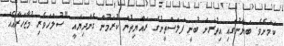
ކަމަށެވެ. ބަޔާނުގައި އިތުރަށް ބުނީ ފަލަސްތީނުގެ ރައްޔިތުން ކުރަމުން ގެންދިޔަައީ "ސުލްހަވެރި މުޒާހަރާއެއް